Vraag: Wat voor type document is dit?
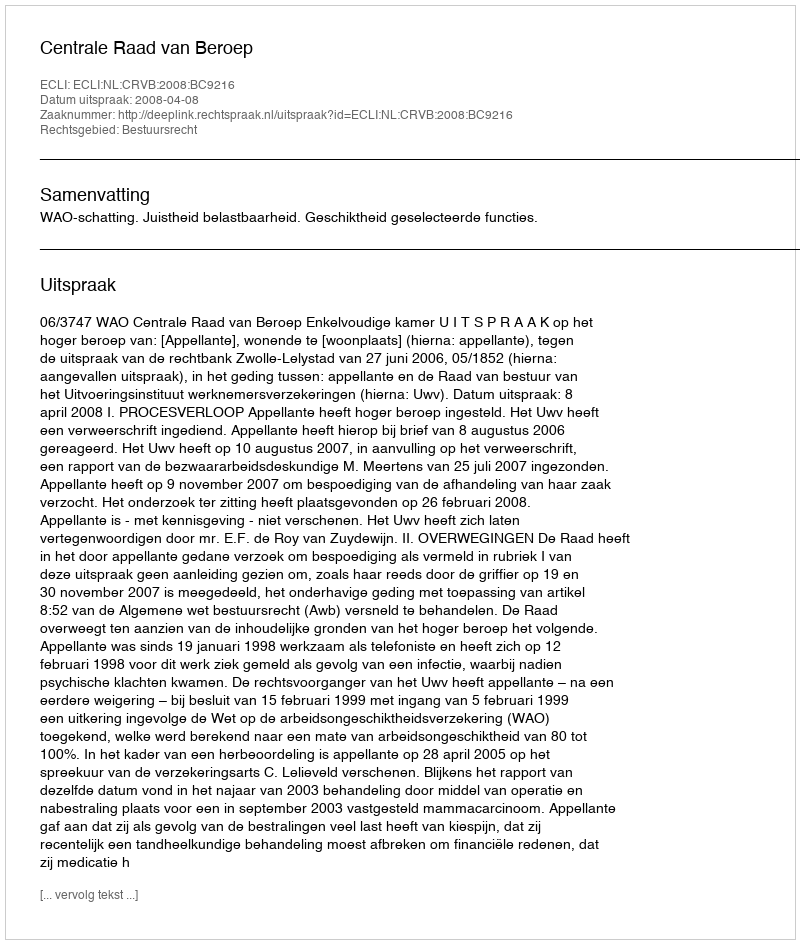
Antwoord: Uitspraak